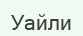
Уайли